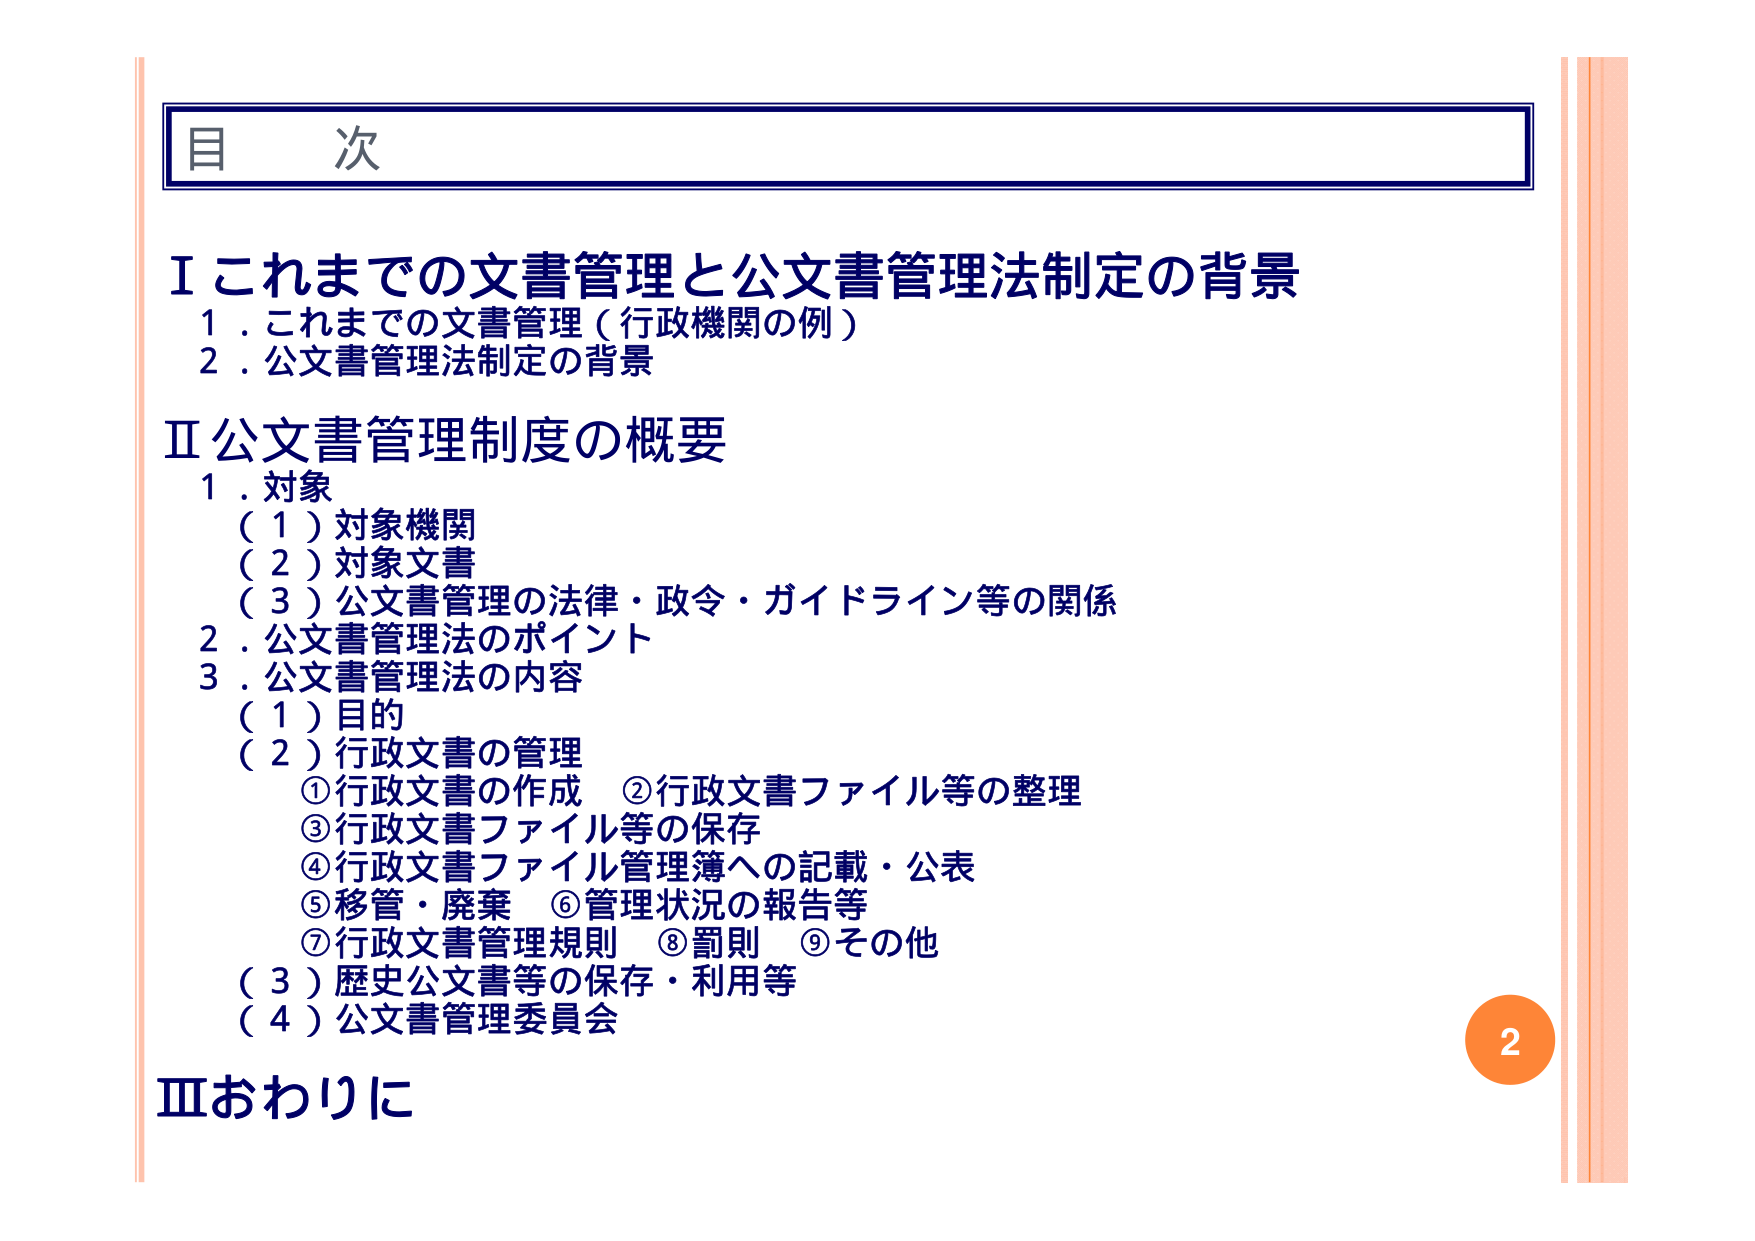
目 次

Ⅰ これまでの文書管理と公文書管理法制定の背景
　1．これまでの文書管理（行政機関の例）
　2．公文書管理法制定の背景

Ⅱ 公文書管理制度の概要
　1．対象
　　（1）対象機関
　　（2）対象文書
　　（3）公文書管理の法律・政令・ガイドライン等の関係
　2．公文書管理法のポイント
　3．公文書管理法の内容
　　（1）目的
　　（2）行政文書の管理
　　　①行政文書の作成　②行政文書ファイル等の整理
　　　③行政文書ファイル等の保存
　　　④行政文書ファイル管理簿への記載・公表
　　　⑤移管・廃棄　⑥管理状況の報告等
　　　⑦行政文書管理規則　⑧罰則　⑨その他
　　（3）歴史公文書等の保存・利用等
　　（4）公文書管理委員会

Ⅲ おわりに

2